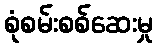
စုံစမ်းစစ်ဆေးမှု